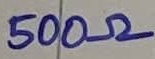
Text: 500Ω